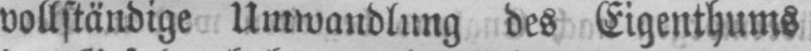
vollständige Umwandlung des Eigenthums